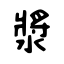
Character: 漿